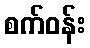
စက်ဝန်း